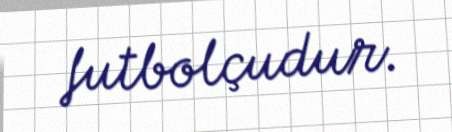
futbolçudur.